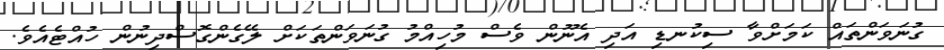
ގުނަވަންތައް ކަމަށްވާ ސިކުނޑި އަދި އެނޫން ވެސް މުހިއްމު ގުނަވަންތަކަށް ލޭގެންގޮސްދިނުން ހުއްޓެއެވެ.